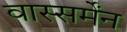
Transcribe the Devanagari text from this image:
वास्सर्मेंन